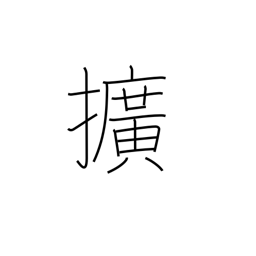
Meaning: broaden